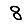
Digit: 8